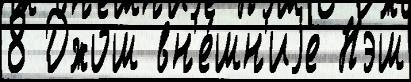
8 Джош вн'е́шн'иjе Нэш